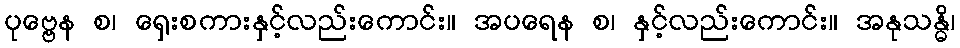
ပုဗ္ဗေန စ၊ ရှေးစကားနှင့်လည်းကောင်း။ အပရေန စ၊ နှင့်လည်းကောင်း။ အနုသန္ဓိ၊